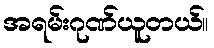
အရမ်းဂုဏ်ယူတယ်။